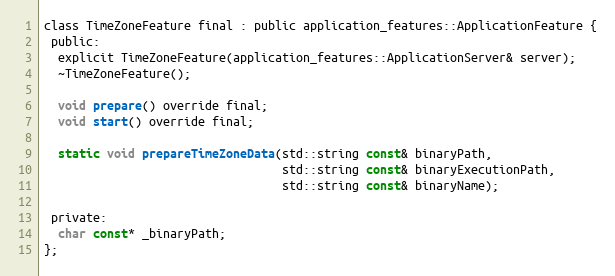
Language: C
class TimeZoneFeature final : public application_features::ApplicationFeature {
 public:
  explicit TimeZoneFeature(application_features::ApplicationServer& server);
  ~TimeZoneFeature();

  void prepare() override final;
  void start() override final;

  static void prepareTimeZoneData(std::string const& binaryPath,
                                  std::string const& binaryExecutionPath,
                                  std::string const& binaryName);

 private:
  char const* _binaryPath;
};